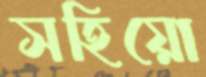
সহিয়ো